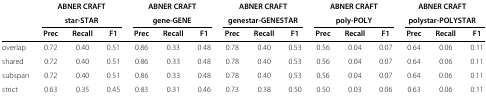
<table><thead><tr><td><b> </b></td><td colspan="3"><b>ABNER CRAFTstar-STAR</b></td><td colspan="3"><b>ABNER CRAFTgene-GENE</b></td><td colspan="3"><b>ABNER CRAFTgenestar-GENESTAR</b></td><td colspan="3"><b>ABNER CRAFTpoly-POLY</b></td><td colspan="3"><b>ABNER CRAFTpolystar-POLYSTAR</b></td></tr><tr><td><b> </b></td><td><b>Prec</b></td><td><b>Recall</b></td><td><b>F1</b></td><td><b>Prec</b></td><td><b>Recall</b></td><td><b>F1</b></td><td><b>Prec</b></td><td><b>Recall</b></td><td><b>F1</b></td><td><b>Prec</b></td><td><b>Recall</b></td><td><b>F1</b></td><td><b>Prec</b></td><td><b>Recall</b></td><td><b>F1</b></td></tr></thead><tbody><tr><td>overlap</td><td>0.72</td><td>0.40</td><td>0.51</td><td>0.86</td><td>0.33</td><td>0.48</td><td>0.78</td><td>0.40</td><td>0.53</td><td>0.56</td><td>0.04</td><td>0.07</td><td>0.64</td><td>0.06</td><td>0.11</td></tr><tr><td>shared</td><td>0.72</td><td>0.40</td><td>0.51</td><td>0.86</td><td>0.33</td><td>0.48</td><td>0.78</td><td>0.40</td><td>0.53</td><td>0.56</td><td>0.04</td><td>0.07</td><td>0.64</td><td>0.06</td><td>0.11</td></tr><tr><td>subspan</td><td>0.72</td><td>0.40</td><td>0.51</td><td>0.86</td><td>0.33</td><td>0.48</td><td>0.78</td><td>0.40</td><td>0.53</td><td>0.56</td><td>0.04</td><td>0.07</td><td>0.64</td><td>0.06</td><td>0.11</td></tr><tr><td>strict</td><td>0.63</td><td>0.35</td><td>0.45</td><td>0.83</td><td>0.31</td><td>0.46</td><td>0.73</td><td>0.38</td><td>0.50</td><td>0.50</td><td>0.03</td><td>0.06</td><td>0.63</td><td>0.06</td><td>0.11</td></tr></tbody></table>